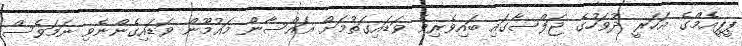
ޕީޕީއެމްގެ އަހަރީ ދުވަހުގެ ޖަލްސާގައި ބައިވެރިވެ ވަޑައިގަތުމަށް ޣައްސާން މައުމޫން ވަޑައިގެންނެވި ނަމަވެސް